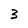
Character: 3